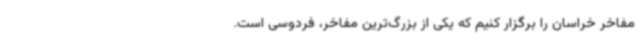
مفاخر خراسان را برگزار کنیم که یکی از بزرگ‌ترین مفاخر، فردوسی است.